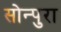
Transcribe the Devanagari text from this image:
सोन्पुरा